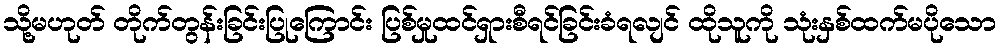
သို့မဟုတ် တိုက်တွန်းခြင်းပြုကြောင်း ပြစ်မှုထင်ရှားစီရင်ခြင်းခံရလျင် ထိုသူကို သုံးနှစ်ထက်မပိုသော